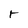
Character: r